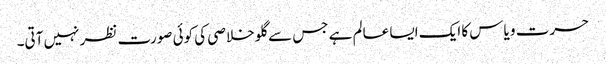
حسرت و یاس کا ایک ایسا عالم ہے جس سے گلو خلاصی کی کوئی صورت نظر نہیں آتی۔